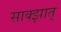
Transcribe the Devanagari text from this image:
साक्झात्